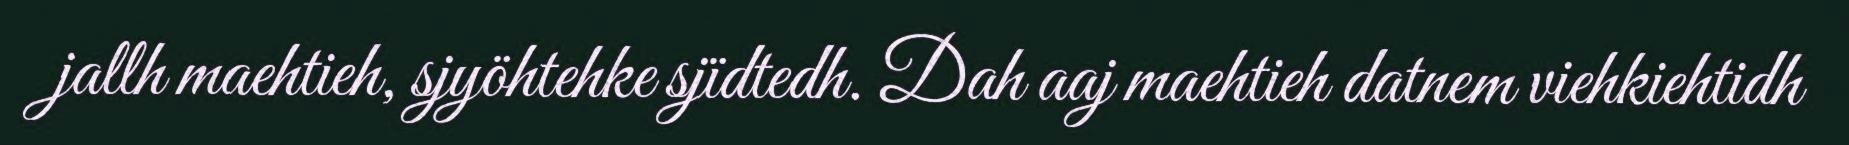
jallh maehtieh, sjyöhtehke sjïdtedh. Dah aaj maehtieh datnem viehkiehtidh